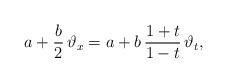
LaTeX: \begin{align*}a+\frac{b}{2} \, \vartheta_x = a+b \, \frac{1+t}{1-t} \, \vartheta_t,\end{align*}